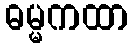
ဓမ္မကထာ